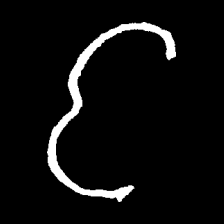
Pyu character \u2014 Myanmar letter: င (romanized: nga)